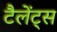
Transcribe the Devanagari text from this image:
टैलेंट्स